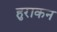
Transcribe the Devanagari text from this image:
हुराकन